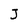
Character: J